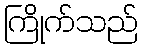
ကြိုက်သည်